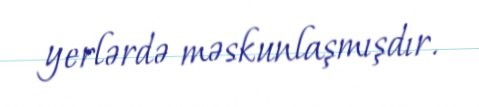
yerlərdə məskunlaşmışdır.